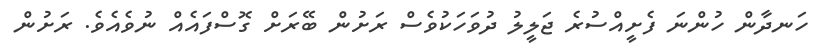
ހަނދާން ހުންނަ ފެށީއްސުރެ ޖަލީލު ދުވަހަކުވެސް ރަށުން ބޭރަށް ގޮސްފައެއް ނުވެއެވެ. ރަށުން